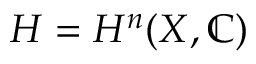
H = H ^ { n } ( X , \mathbb { C } )